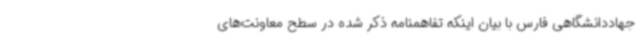
جهاددانشگاهی فارس با بیان اینکه تفاهمنامه ذکر شده در سطح معاونت‌های